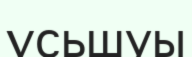
ұсьшуы